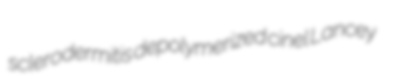
sclerodermitis depolymerized cinel Lancey